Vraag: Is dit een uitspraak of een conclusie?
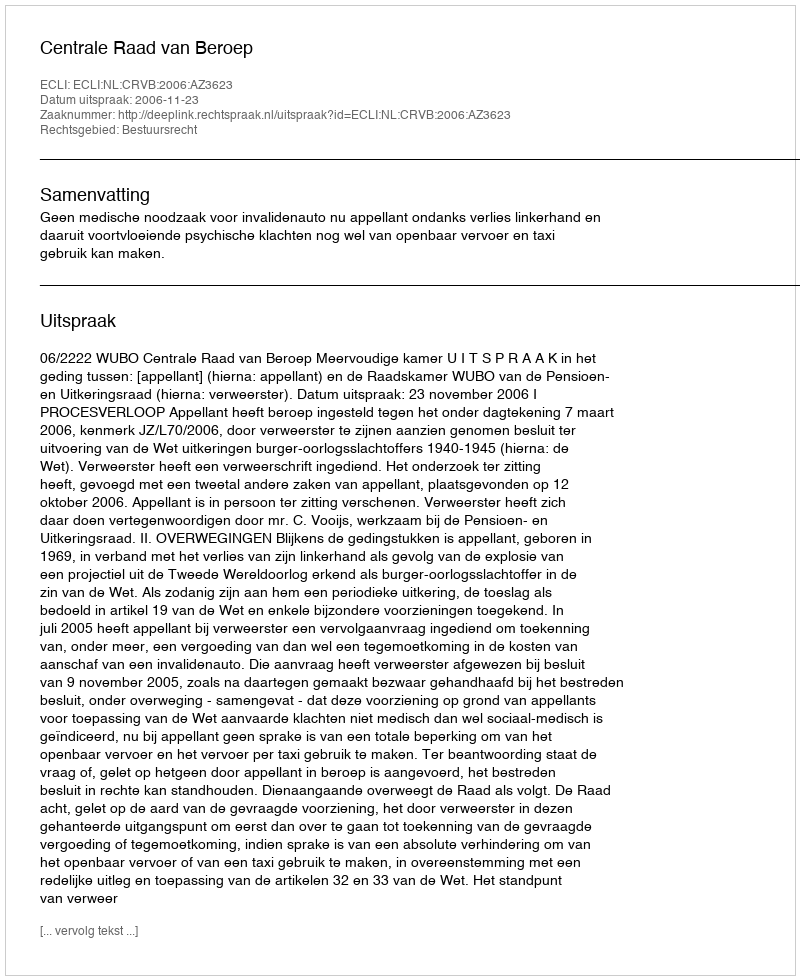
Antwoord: Uitspraak